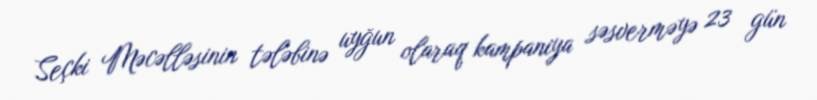
Seçki Məcəlləsinin tələbinə uyğun olaraq kampaniya səsverməyə 23 gün